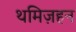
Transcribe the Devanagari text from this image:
थमिज़हन